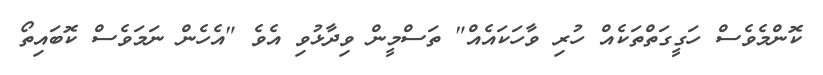
ކޮންމެވެސް ހަގީގަތްތަކެއް ހުރި ވާހަކައެއް" ތަސްމީން ވިދާޅުވި އެވެ "އެހެން ނަމަވެސް ކޮބައިތޯ